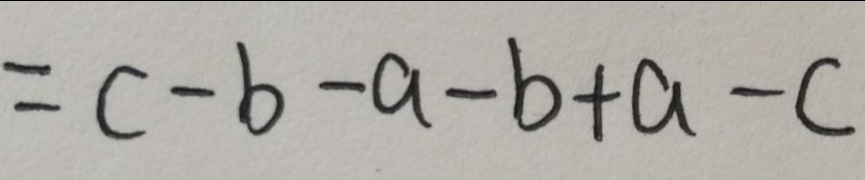
= c - b - a - b + a - c